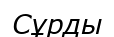
Сұрды